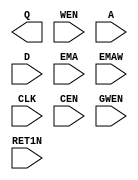
//This is a temporary file generated by spyglass Lib2V utility from the library
//<USERLIB_ss_0p90v_0p90v_m40c.lib>. Do not modify this or use this.
//spyglass xref filename </home/users/team3_03/Desktop/design2021/spyglass/./spyglass-1/soctop/lint/lint_abstract/spyglass_spysch/spyglass/mem256x32_ss_0p90v_0p90v_m40c_0.v>
//spyglass xref version SpyGlass_vQ-2020.03-SP2-6

//spyglass xref lineno 306, -1
`celldefine
module mem256x32 (Q, WEN, A, D, EMA, EMAW, CLK, CEN, GWEN, RET1N);
    output [31:0]Q;
    input  [31:0]WEN;
    input  [7:0]A;
    input  [31:0]D;
    input  [2:0]EMA;
    input  [1:0]EMAW;
    input  CLK;
    input  CEN;
    input  GWEN;
    input  RET1N;
    parameter SPYGLASS_LIBCELL = 1;
endmodule
`endcelldefine